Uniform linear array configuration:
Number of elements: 64
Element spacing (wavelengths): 0.25
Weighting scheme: cosine
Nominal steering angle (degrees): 30
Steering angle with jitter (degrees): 31.447
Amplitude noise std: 0.05
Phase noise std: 0.05

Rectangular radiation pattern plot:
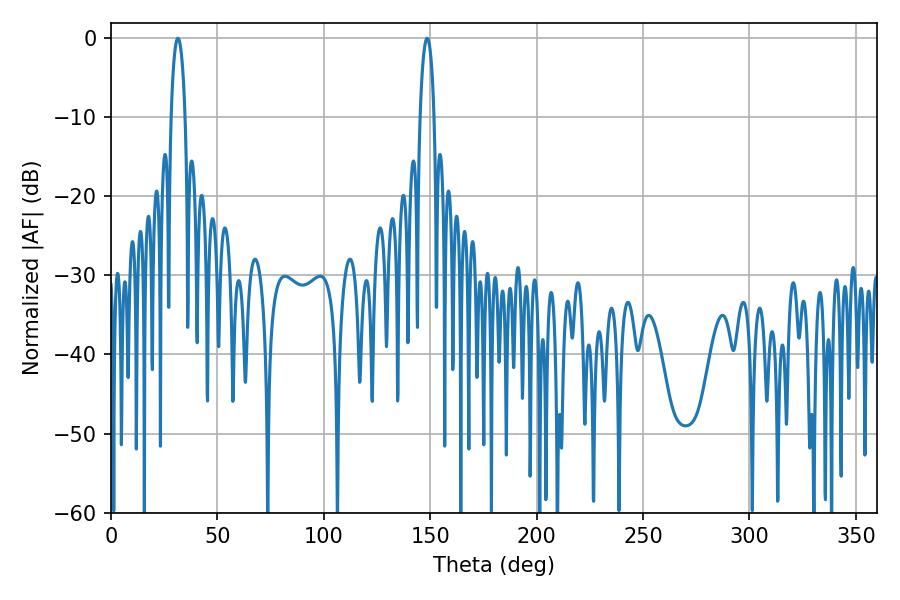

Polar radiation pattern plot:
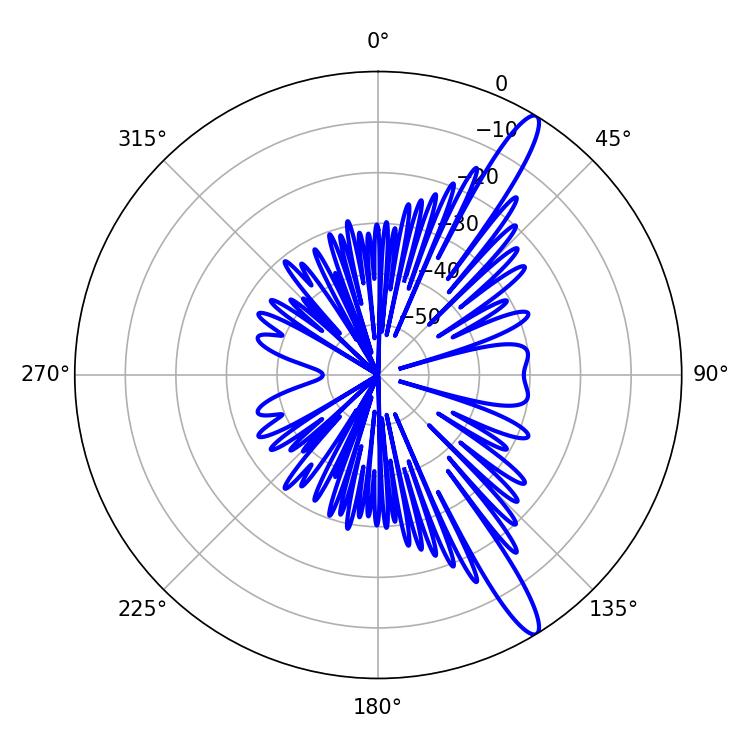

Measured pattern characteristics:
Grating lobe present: FALSE
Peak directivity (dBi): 14.144
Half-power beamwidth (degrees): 3.78
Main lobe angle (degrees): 31.5